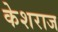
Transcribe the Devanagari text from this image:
केशराज